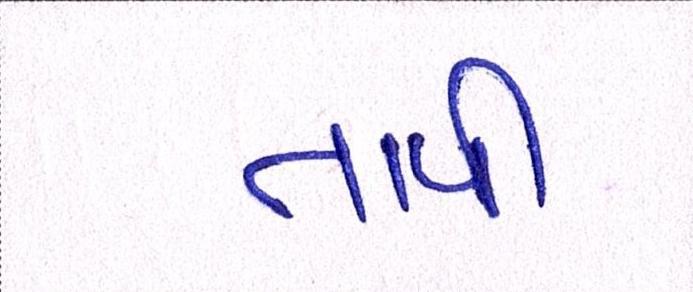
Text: તાપી